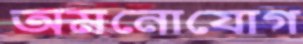
অমনোযোগ